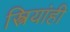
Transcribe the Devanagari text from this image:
स्त्रियांही